65_HS1-834228961_62-HQ-83894_Serial_130
Agency: FBI
Page 25
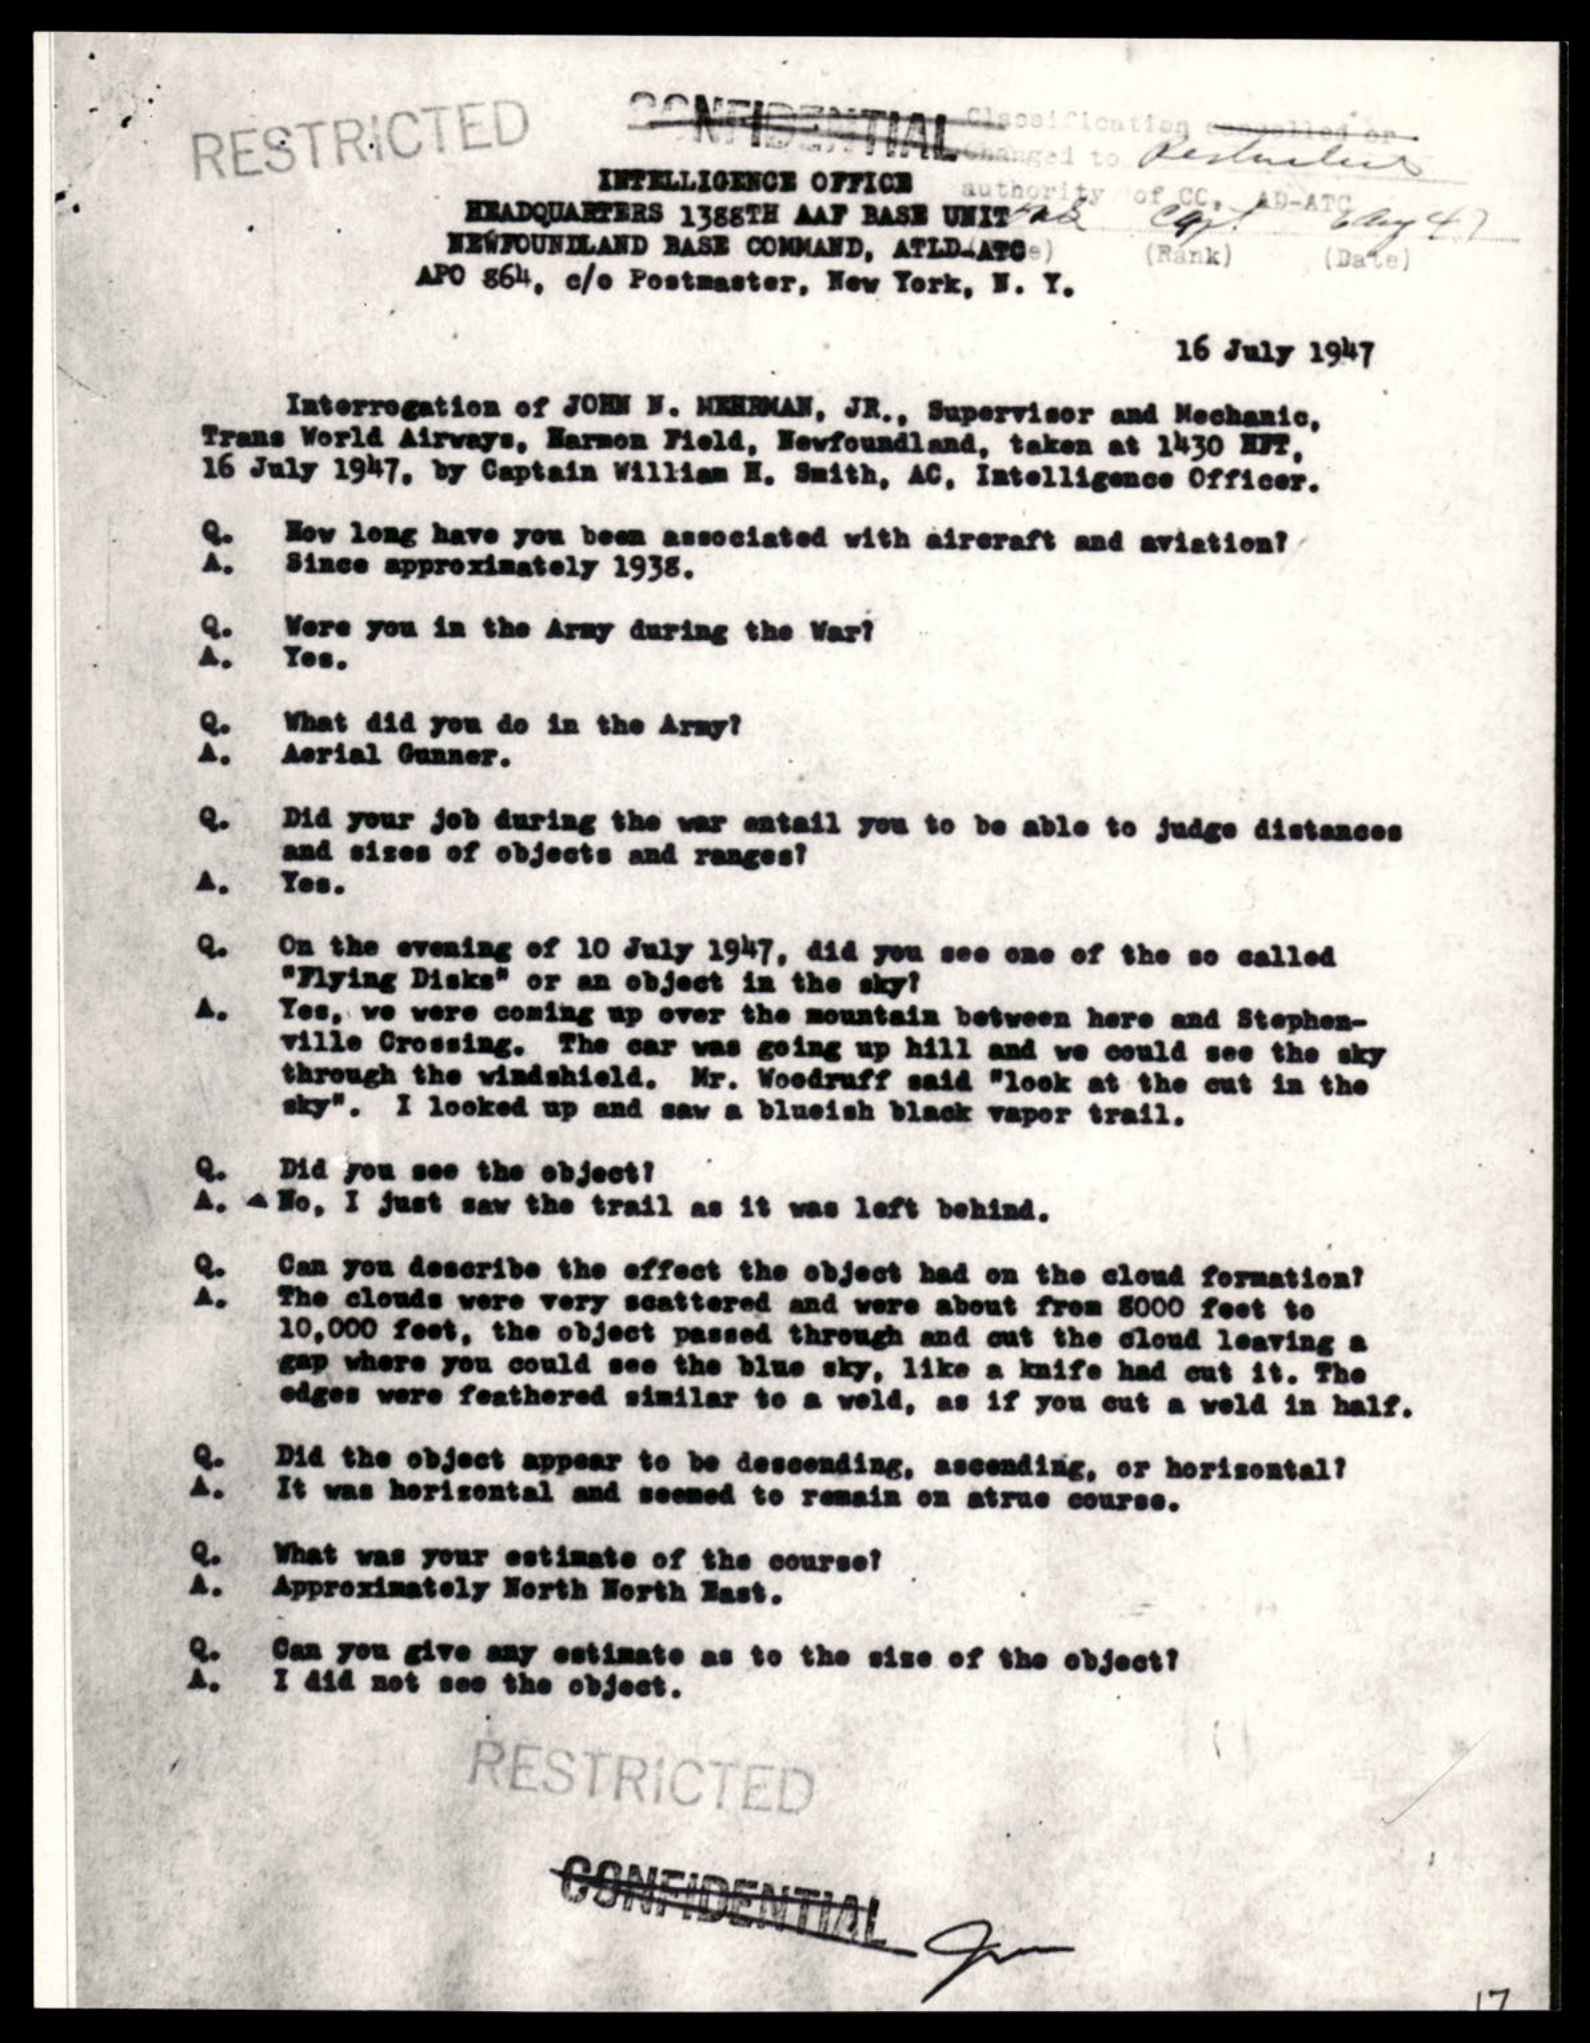